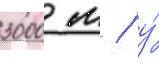
3000 м / у́